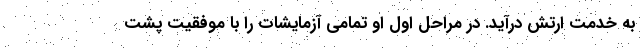
به خدمت ارتش درآید. در مراحل اول او تمامی آزمایشات را با موفقیت پشت